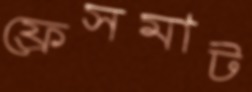
ফ্রেসমাট